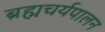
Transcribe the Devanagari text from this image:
ब्रह्मचर्यपालन